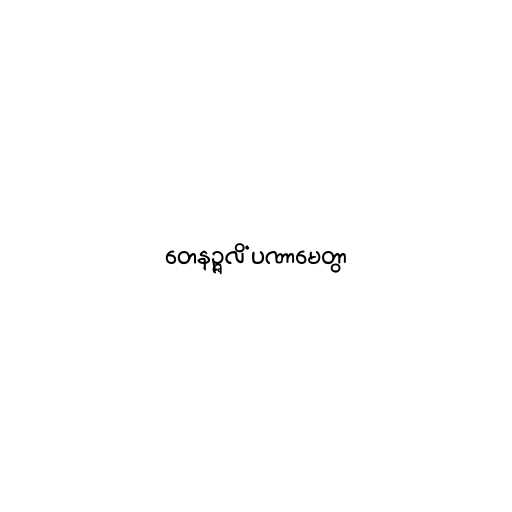
တေနဉ္ဇလိံ ပဏာမေတွာ